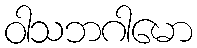
ဝါသဘဂါမော